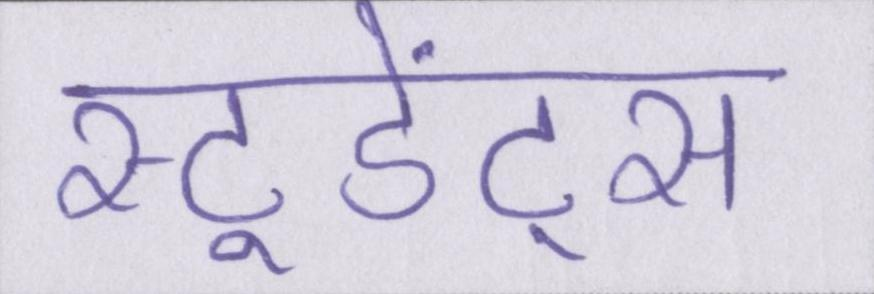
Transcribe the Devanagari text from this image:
स्टूडेंट्स